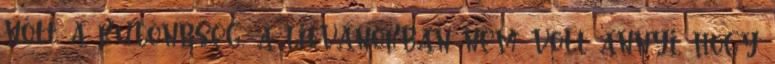
nőtt a különbség, a litvánokban nem volt annyi, hogy